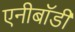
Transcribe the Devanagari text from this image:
एनीबॉडी